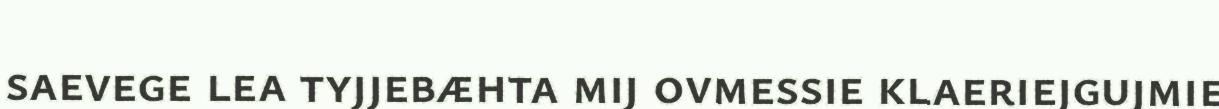
saevege lea tyjjebæhta mij ovmessie klaeriejgujmie